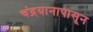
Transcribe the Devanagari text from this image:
चंद्रयानापासून